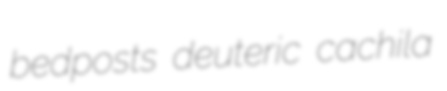
bedposts deuteric cachila